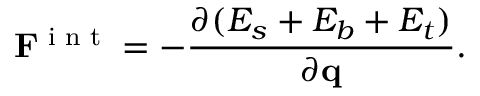
\mathbf F ^ { \textrm { i n t } } = - \frac { \partial ( E _ { s } + E _ { b } + E _ { t } ) } { \partial \mathbf q } .